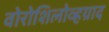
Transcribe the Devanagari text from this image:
वोरोशिलोव्हग्राद